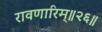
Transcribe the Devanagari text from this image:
रावणारिम्‌॥२६॥